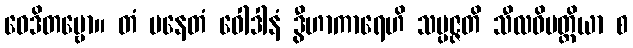
ဝေဒိတဗ္ဗော။ တံ ပနေတံ ဝေါဒါနံ ဒွီဟာကာရေဟိ သမ္ပဇ္ဇတိ သီလဝိပတ္တိယာ စ